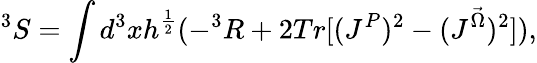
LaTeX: ^3S=\int d^{3}xh^{\frac{1}{2}}(-^{3}R+2Tr[(J^{P})^{2}-(J^{\vec{\Omega}})^{2}]),